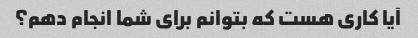
آیا کاری هست که بتوانم برای شما انجام دهم؟